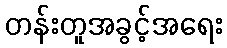
တန်းတူအခွင့်အရေး